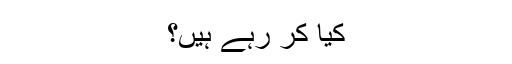
کیا کر رہے ہیں؟